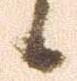
候